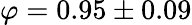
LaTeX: \varphi=0.95\pm 0.09